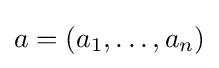
a=(a_{1},\ldots ,a_{n})